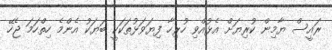
ރައީސް ޔާމިން ކުރިޔަށް އެޅުއްވި ހުރިހާ ފިޔަވަޅުތަކަކީ ބަޔަކު އެންމެ ހިތްހަމަ ޖެހޭ